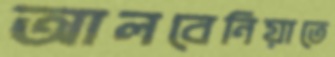
আলবেনিয়াতে